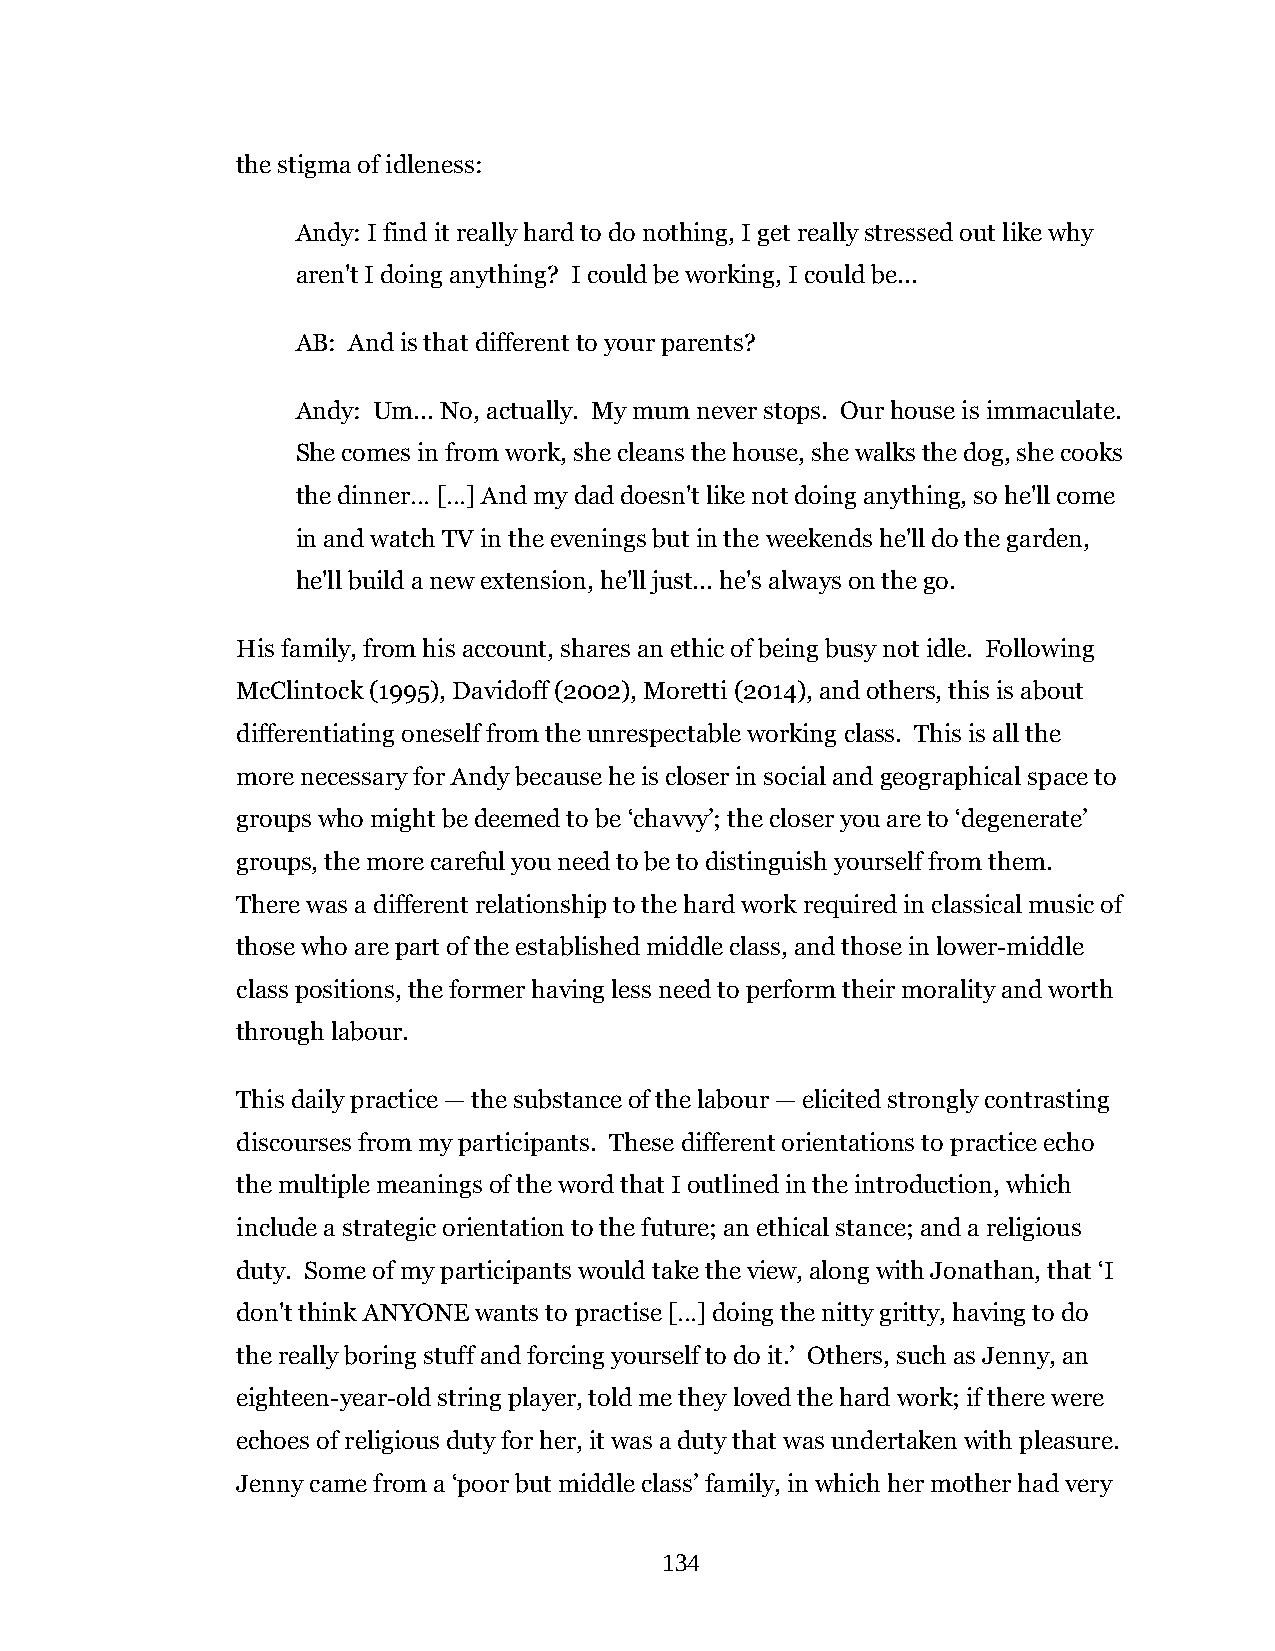
the stigma of idleness:
 Andy: I find it really hard to do nothing, I get really stressed out like why
 aren't I doing anything? I could be working, I could be...
 AB: And is that different to your parents?
 Andy: Um... No, actually. My mum never stops. Our house is immaculate.
 She comes in from work, she cleans the house, she walks the dog, she cooks
 the dinner… […] And my dad doesn't like not doing anything, so he'll come
 in and watch TV in the evenings but in the weekends he'll do the garden,
 he'll build a new extension, he'll just... he's always on the go.
 His family, from his account, shares an ethic of being busy not idle. Following
 McClintock (1995), Davidoff (2002), Moretti (2014), and others, this is about
 differentiating oneself from the unrespectable working class. This is all the
 more necessary for Andy because he is closer in social and geographical space to
 groups who might be deemed to be ‘chavvy’; the closer you are to ‘degenerate’
 groups, the more careful you need to be to distinguish yourself from them.
 There was a different relationship to the hard work required in classical music of
 those who are part of the established middle class, and those in lower-middle
 class positions, the former having less need to perform their morality and worth
 through labour.
 This daily practice — the substance of the labour — elicited strongly contrasting
 discourses from my participants. These different orientations to practice echo
 the multiple meanings of the word that I outlined in the introduction, which
 include a strategic orientation to the future; an ethical stance; and a religious
 duty. Some of my participants would take the view, along with Jonathan, that ‘I
 don't think ANYONE wants to practise […] doing the nitty gritty, having to do
 the really boring stuff and forcing yourself to do it.’ Others, such as Jenny, an
 eighteen-year-old string player, told me they loved the hard work; if there were
 echoes of religious duty for her, it was a duty that was undertaken with pleasure.
 Jenny came from a ‘poor but middle class’ family, in which her mother had very
 134